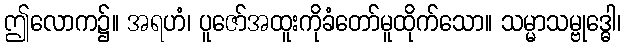
ဤလောက၌။ အရဟံ၊ ပူဇော်အထူးကိုခံတော်မူထိုက်သော။ သမ္မာသမ္ဗုဒ္ဓေါ၊